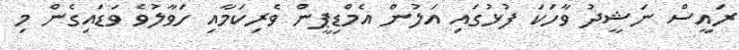
ރައީސް ނަޝީދު ވާހަކަ ފުޅުގައި އަލުން އެމްޑިޕީން ވެރިކަމާއި ހަވާލުވެ ވަޑައިގެން މި